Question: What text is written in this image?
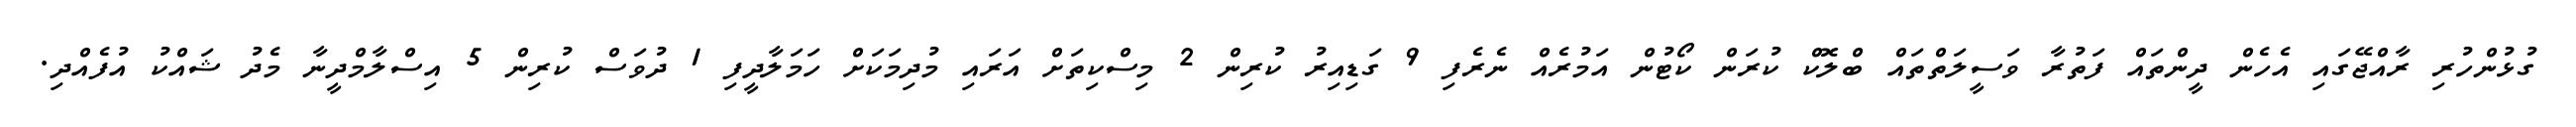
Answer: ގުޅުންހުރި ރާއްޖޭގައި އެހެން ދީންތައް ފަތުރާ ވަސީލަތްތައް ބްލޮކް ކުރަން ކޯޓުން އަމުރެއް ނެރެފި 9 ގަޑިއިރު ކުރިން 2 މިސްކިތަށް އަރައި މުދިމަކަށް ހަމަލާދީފި 1 ދުވަސް ކުރިން 5 އިސްލާމްދީނާ މެދު ޝައްކު އުފެއްދި.